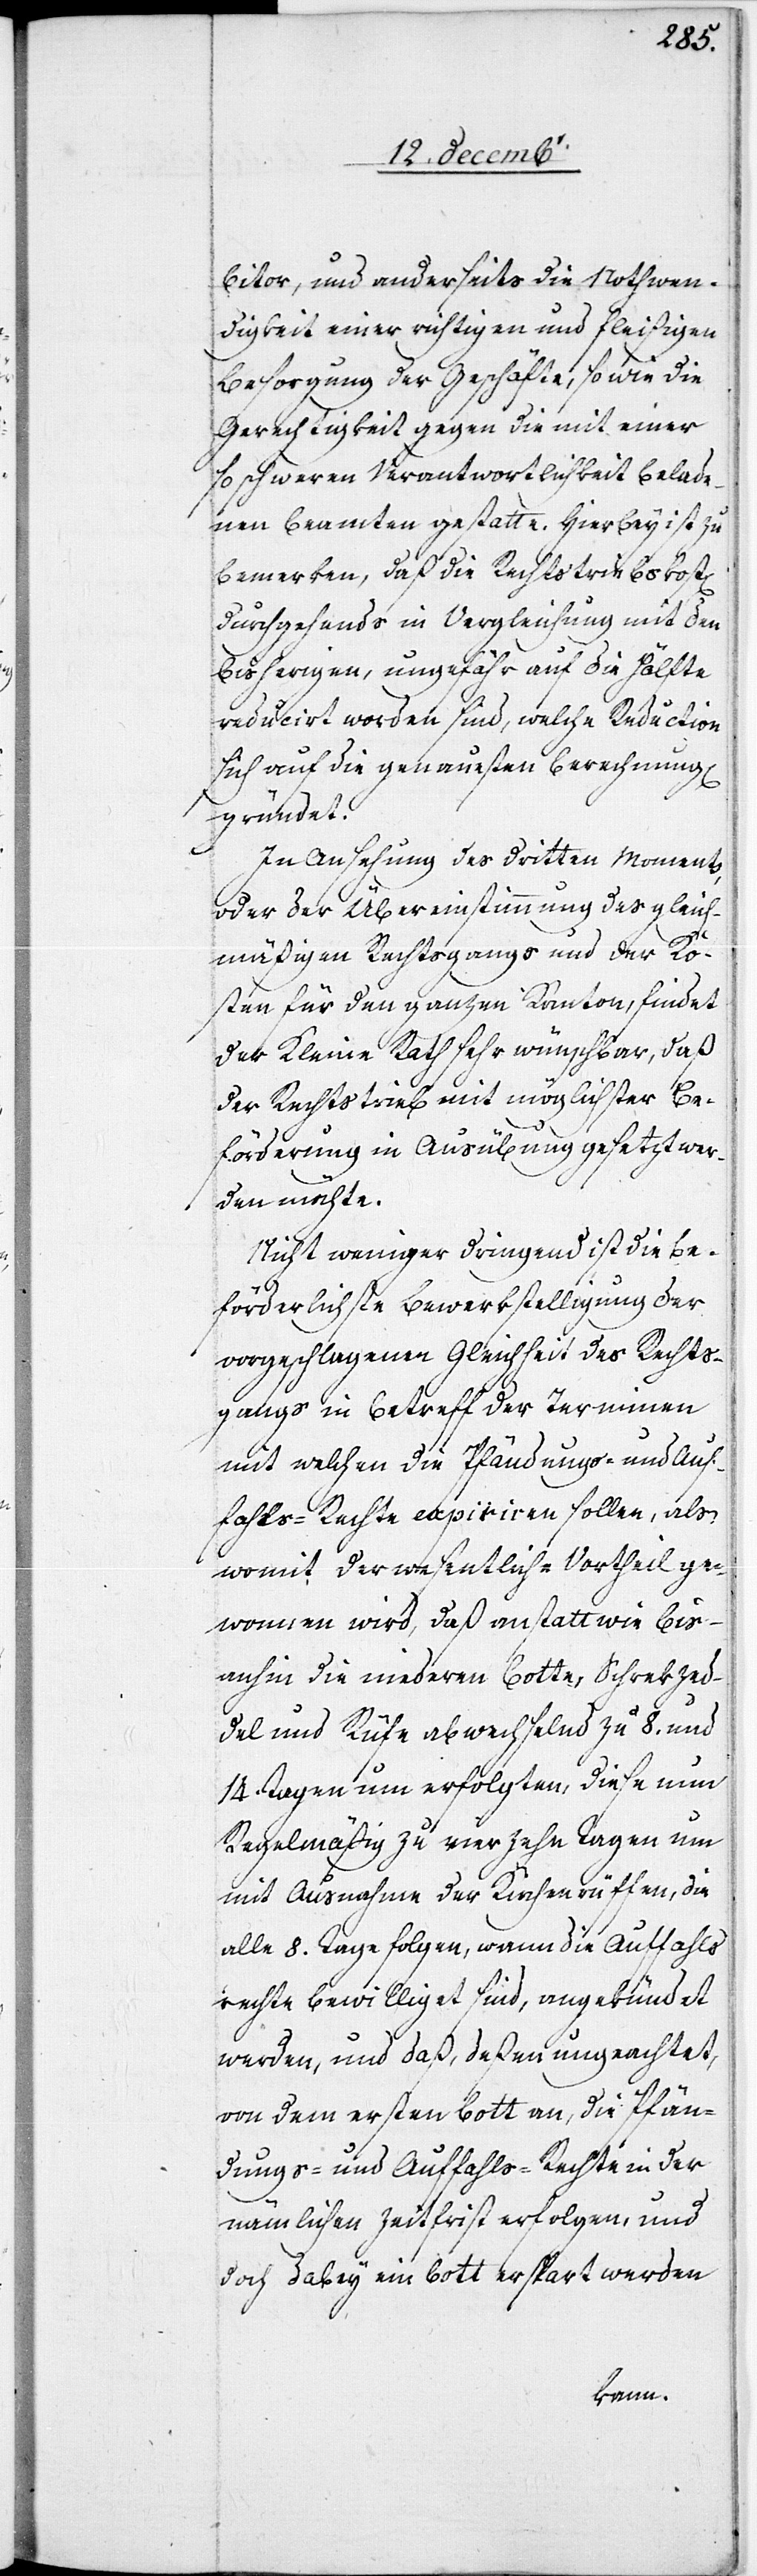
bitor, und anderseits die Nothwen¬
digkeit einer richtigen und fleißigen
Besorgung der Geschäfte, so wie die
Gerechtigkeit gegen die mit einer
so schweren Verantwortlichkeit belade¬
nen Beamten gestatte. Hierbey ist zu
bemerken, daß die Rechtstriebskost[en]
durchgehends in Vergleichung mit den
bisherigen, ungefähr auf die Hälfte
reducirt worden sind, welche Reduction
sich auf die genauesten Berechnungen
gründet.
In Ansehung des dritten Moments,
oder der Übereinstimmung des gleich¬
mäßigen Rechtsgangs und der Ko¬
sten für den ganzen Kanton, findet
der Kleine Rath sehr wünschbar, daß
der Rechtstrieb mit möglichster Be¬
förderung in Ausübung gesetzt wer¬
den möchte.
Nicht weniger dringend ist die be¬
förderlichste Bewerkstelligung der
vorgeschlagenen Gleichheit des Rechts¬
gangs in Betreff der Terminen
mit welchen die Pfändungs- und Auf¬
fahls-Rechte expiriren sollen, als
womit der wesentliche Vortheil ge¬
wonnen wird, daß anstatt wie bis
anhin die niederen Botte, Schrekzed¬
del und Rufe abwechselnd zu 8. und
14. Tagen um erfolgten, diese nun
Regelmäßig [sic!] zu vierzehn Tagen um
mit Ausnahme der Kirchenrüffen, die
alle 8. Tage folgen, wann die Auffahls¬
rechte bewilliget sind, angekündet
werden, und daß, deßen ungeachtet,
von dem ersten Bott an, die Pfän¬
dungs- und Auffahls-Rechte in der
nämlichen Zeitfrist erfolgen, und
doch dabey ein Bott erspart werden